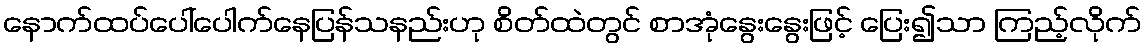
နောက်ထပ်ပေါ်ပေါက်နေပြန်သနည်းဟု စိတ်ထဲတွင် စာအုံနွေးနွေးဖြင့် ပြေး၍သာ ကြည့်လိုက်